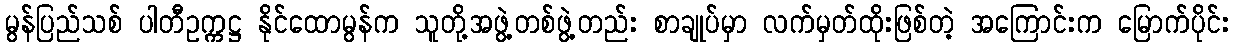
မွန်ပြည်သစ် ပါတီဥက္ကဋ္ဌ နိုင်ထောမွန်က သူတို့အဖွဲ့တစ်ဖွဲ့တည်း စာချုပ်မှာ လက်မှတ်ထိုးဖြစ်တဲ့ အကြောင်းက မြောက်ပိုင်း